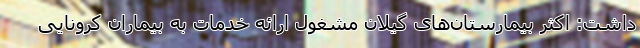
داشت: اکثر بیمارستان‌های گیلان مشغول ارائه خدمات به بیماران کرونایی